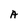
Character: A